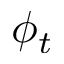
\phi _ { t }